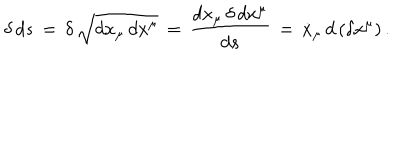
\delta \, d s \, = \, \delta \, \sqrt { d x _ { \mu } \, d x ^ { \mu } } \, = \, \frac { d x _ { \mu } \, \delta \, d x ^ { \mu } } { d s } \, = \, \dot { x } _ { \mu } \, d \, ( \delta x ^ { \mu } ) \, { . }